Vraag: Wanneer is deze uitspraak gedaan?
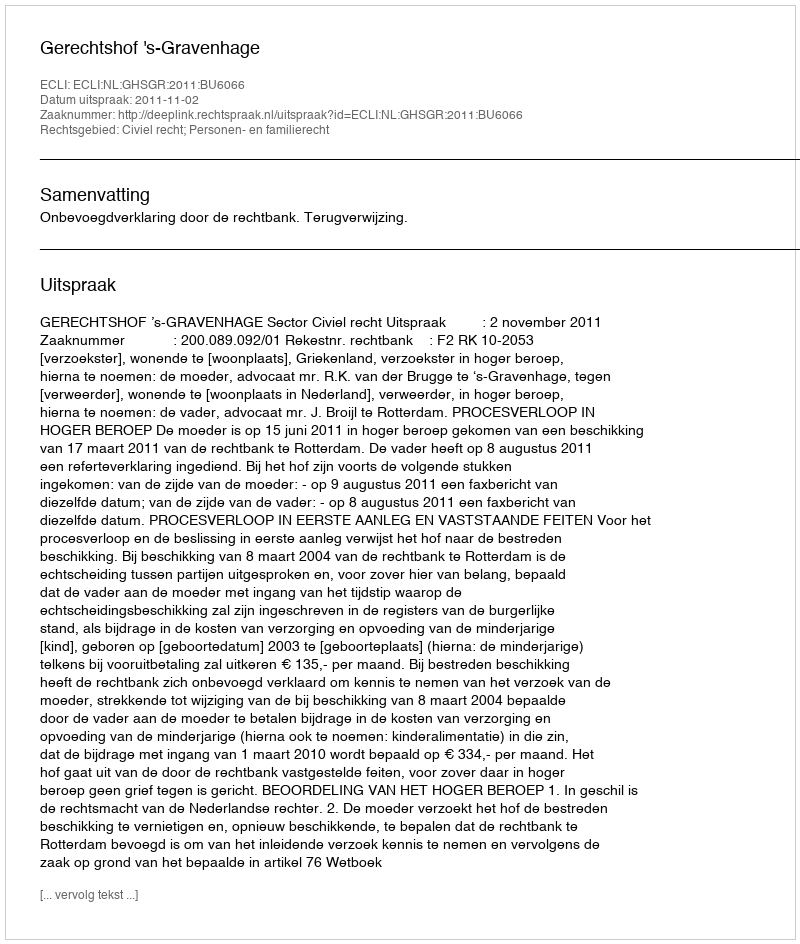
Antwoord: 2011-11-02